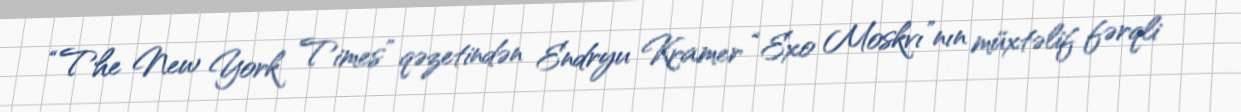
“The New York Times” qəzetindən Endryu Kramer “Exo Moskvı”nın müxtəlif fərqli